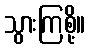
သွားကြစို့။